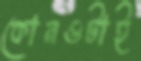
কোনওটাই